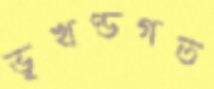
ভূখণ্ডগত